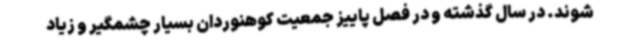
شوند. در سال گذشته و در فصل پاییز جمعیت کوهنوردان بسیار چشمگیر و زیاد